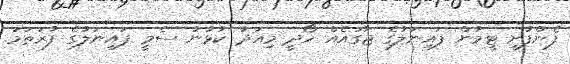
ފެންފުށި ޓީމުން ފައިނަލުގެ ޖާގައެއް ހޯދީ މިއަދު ކުޅުނު ސެމީ ފައިނަލުގެ ފުރަތަމަ